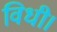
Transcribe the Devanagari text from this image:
विधी।